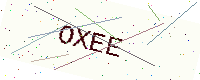
Text: OXEE